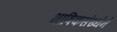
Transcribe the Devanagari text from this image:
भाषिकसंख्येने